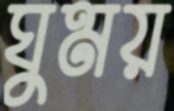
ঘুময়